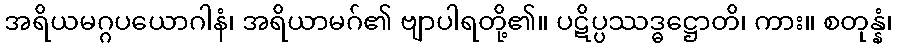
အရိယမဂ္ဂပယောဂါနံ၊ အရိယာမဂ်၏ ဗျာပါရတို့၏။ ပဋိပ္ပဿဒ္ဓဋ္ဌောတိ၊ ကား။ စတုန္နံ၊